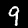
Digit: 9